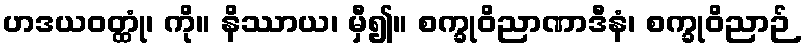
ဟဒယဝတ္ထုံ၊ ကို။ နိဿာယ၊ မှီ၍။ စက္ခုဝိညာဏာဒီနံ၊ စက္ခုဝိညာဉ်